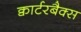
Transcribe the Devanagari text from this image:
क्वार्टरबैक्स